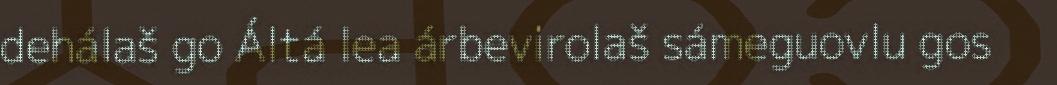
dehálaš go Áltá lea árbevirolaš sámeguovlu gos